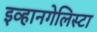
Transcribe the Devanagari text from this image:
इव्हानगेलिस्टा